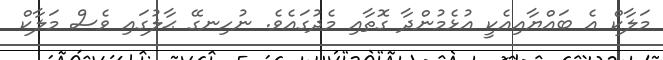
މަލާކް އެ ބައްޔާއިއެކީ އުޅެމުންދާ ގޮތާއި މެދުގައެވެ. ނުހިނގޭ ޙާލުގައި ވެސް މަލާކް